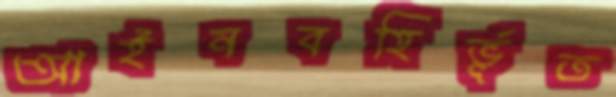
আইনবহির্ভূত